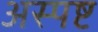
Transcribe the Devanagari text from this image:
अस्पष्ट